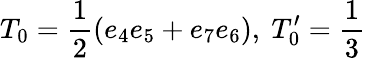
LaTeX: T_{0}=\frac{1}{2}(e_{4}e_{5}+e_{7}e_{6}),\ T_{0}^{\prime}=\frac{1}{3}